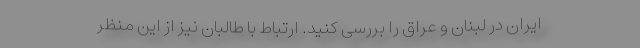
ایران در لبنان و عراق را بررسی کنید. ارتباط با طالبان نیز از این منظر